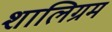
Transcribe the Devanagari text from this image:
शालिग्रम